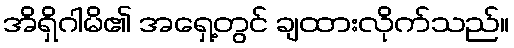
အိရှိဂါမိ၏ အရှေ့တွင် ချထားလိုက်သည်။